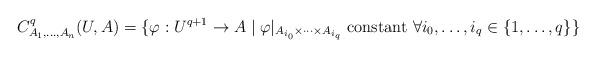
LaTeX: \begin{align*} C^q_{A_1,\ldots,A_n}(U,A)=\{\varphi:U^{q+1}\to A\mid\varphi|_{A_{i_0}\times\cdots \times A_{i_q}}\mbox{ constant } \forall i_0,\ldots,i_q\in\{1,\ldots,q\}\}\end{align*}